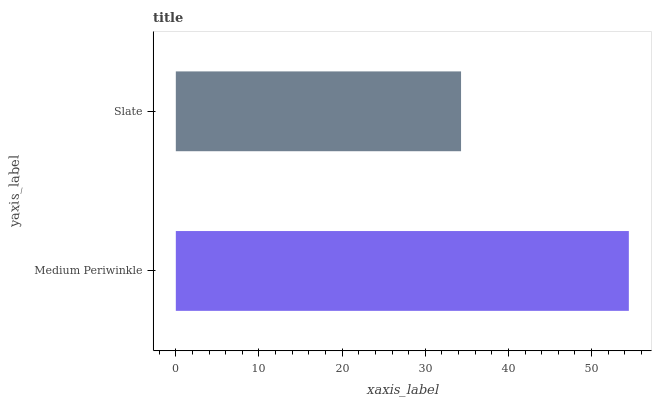
| yaxis_label | bars |
 | --- | --- |
 | Medium Periwinkle | 54.5 |
 | Slate | 34.3 |